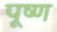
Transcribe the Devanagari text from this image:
पूष्ण